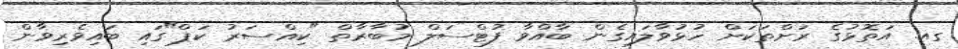
ގއ. އަތޮޅުގެ ރަށްތަަކަށް ހުޅުވާލައިގެން ބާއްވާ ފުޓްސަލް މުބާރާތް "ކިއްސަރު ކަޕް"ގައި ބައިވެރިވާން